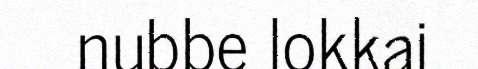
nubbe lokkai